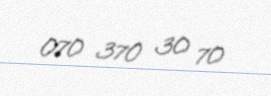
070 370 30 70